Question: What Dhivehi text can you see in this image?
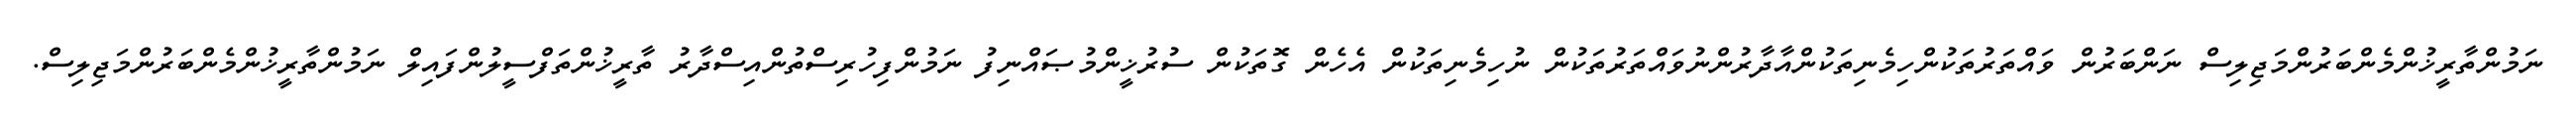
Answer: ނަމުންތާރީޚުންމެންބަރުންމަޖިލިސް ނަންބަރުން ވައްތަރުތަކުންހިމެނިތަކުންއާދާރުންނުވައްތަރުތަކުން ނުހިމެނިތަކުން އެހެން ގޮތަކުން ސުރުޚީންމުޞައްނިފު ނަމުންފިހުރިސްތުންއިސްދާރު ތާރީޚުންތަފްސީލުންފައިލް ނަމުންތާރީޚުންމެންބަރުންމަޖިލިސް.